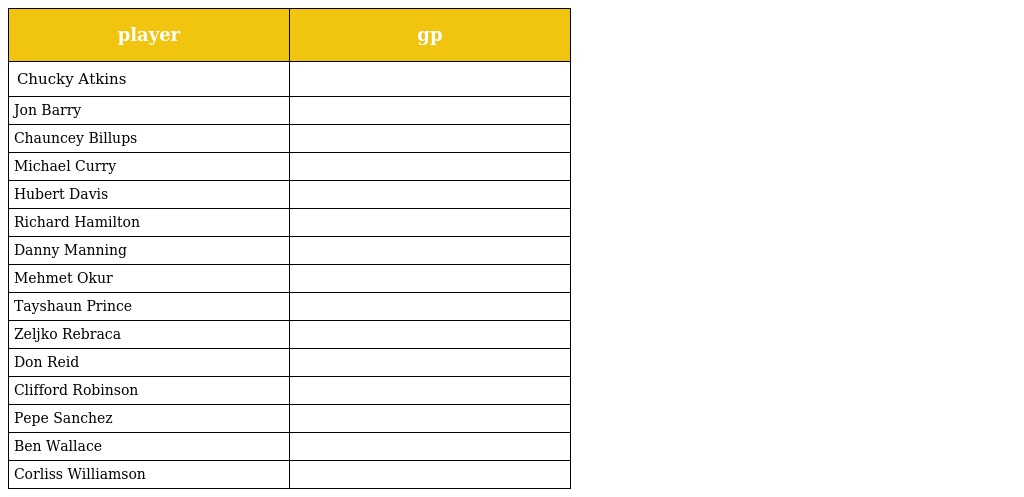
| player | gp |
 | --- | --- |
 | Chucky Atkins |  |
 | Jon Barry |  |
 | Chauncey Billups |  |
 | Michael Curry |  |
 | Hubert Davis |  |
 | Richard Hamilton |  |
 | Danny Manning |  |
 | Mehmet Okur |  |
 | Tayshaun Prince |  |
 | Zeljko Rebraca |  |
 | Don Reid |  |
 | Clifford Robinson |  |
 | Pepe Sanchez |  |
 | Ben Wallace |  |
 | Corliss Williamson |  |